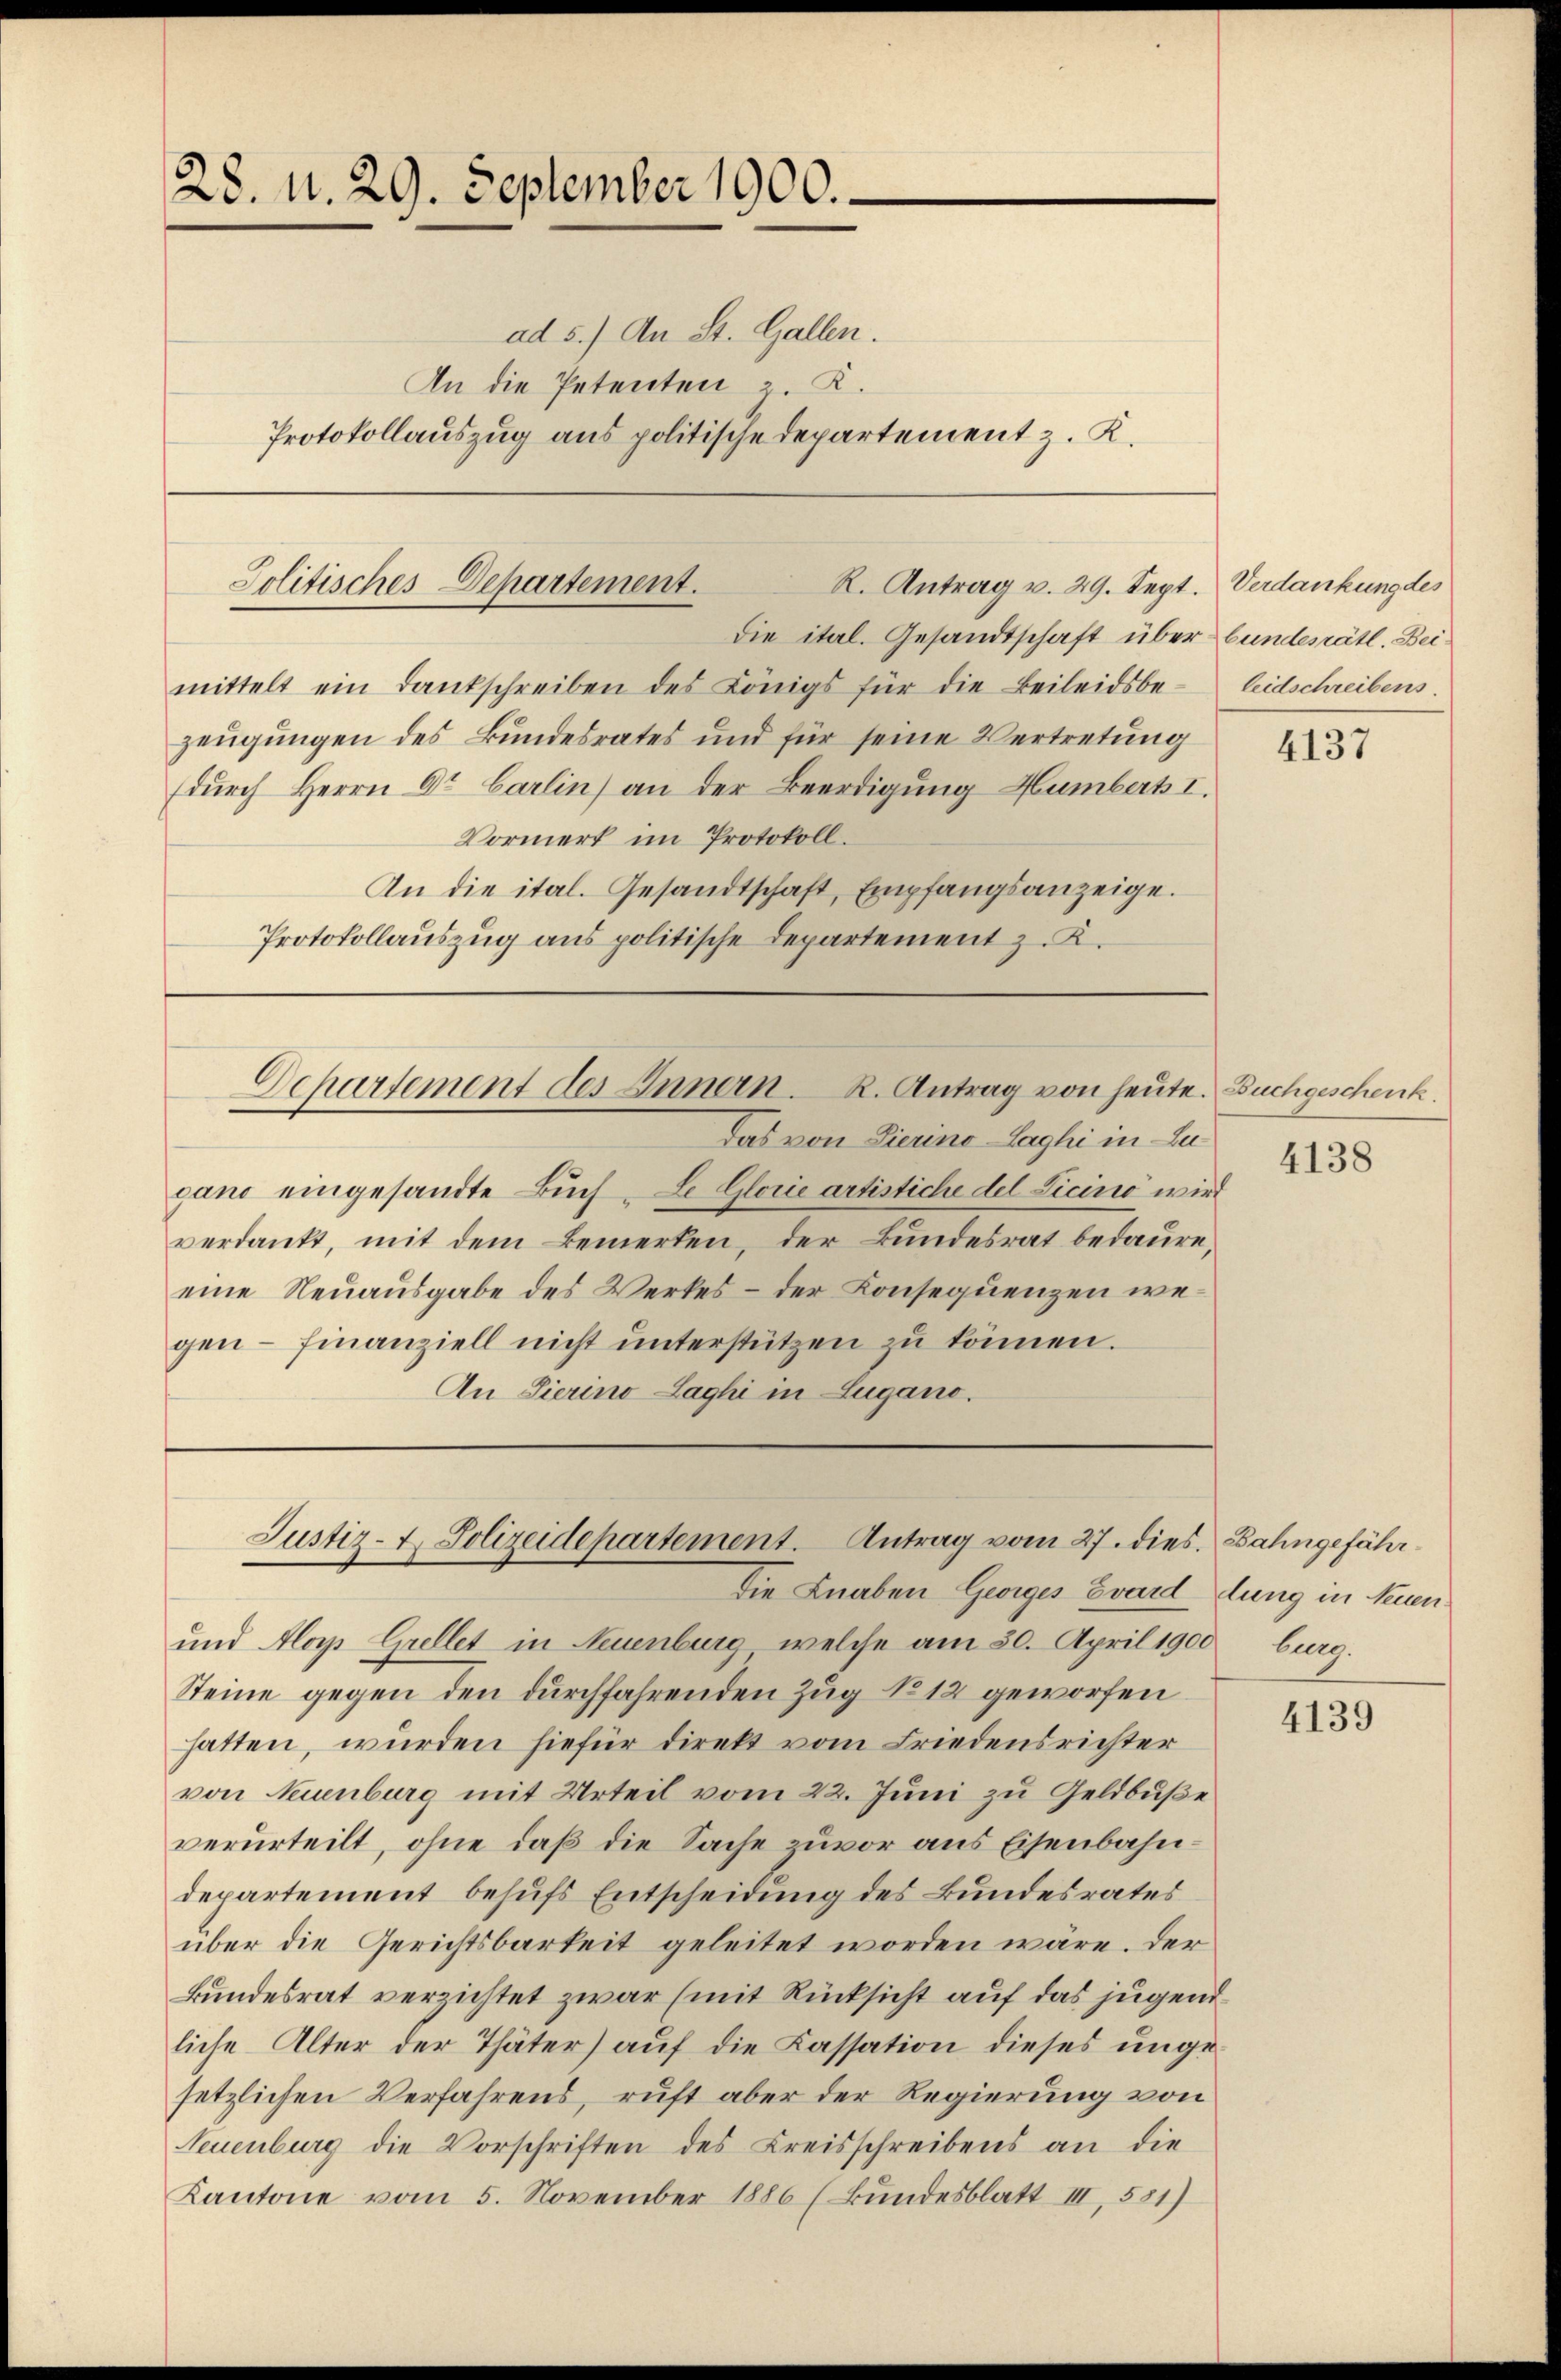
28. N. 29. September 1900.

ad 5.) An St. Gallen.
An die Petenten z. K.
Protokollauszug aus politische Departement z. K.

R. Antrag v. 29. Sept. Verdankung des
die ital. Gesandtschaft über bundesrätl. Bei
mittelt ein Dankschreiben des Königs für die Beileidsbezeugungen des Bundesrates und für seine Vertretung
durch Herrn Dr Carlin) an der Beerdigung Humbert I.
Vormerk im Protokoll.
An die ital. Gesandtschaft, Empfangsanzeige.
Protokollauszug aus politische Departement z. K.

Politisches Departement.

Das von Pierino Laghi in Leigano eingesandte Buch-Le Glorie artistiche del Licino wird
verdankt, mit dem Bemerken, der Bundesrat bedaure,
eine Neuausgabe des Werkes – der Konsequenzen wegen finanziell nicht ŭnterstützen zŭ können.
An Pierino Laghi in Lugano.

Departement des Innern. R. Antrag von heute. Buchgeschenk.

Justiz- & Polizeidepartement. Antrag vom 27. dies. Bahngefähr

Die Knaben Georges Evard dung in Neuen
und Alopp Grellet in Neuenburg, welche am 30. April 1900 burg.
Steine gegen den durchfahrenden Zug No 12 geworfen
hatten, wurden hiefür direkt vom Friedensrichter
von Neuenburg mit Urteil vom 22. Juni zu Geldbuße
verurteilt, ohne daß die Sache zuvor aus Eisenbahndepartement behufs Entscheidung des Bundesrates
über die Gerichtsbarkeit geleitet worden wäre. Der
Bundesrat verzichtet zwar (mit Rücksicht auf das jugend
liche Alter der Thäter) auf die Kassation dieses ungesetzlichen Verfahrens, ruft aber der Regierung von
Neuenburg die Vorschriften des Kreisschreibens an die
Kantone vom 5. November 1886 (Bundesblatt III, 581)

leidschreibens.

4137

4138

4139